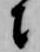
に